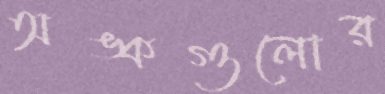
অঙ্কগুলোর